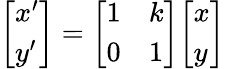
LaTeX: {\left[\begin{array}{l}{x^{\prime}}\\ {y^{\prime}}\end{array}\right]}={\left[\begin{array}{ll}{1}&{k}\\ {0}&{1}\end{array}\right]}{\left[\begin{array}{l}{x}\\ {y}\end{array}\right]}